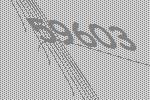
59603